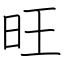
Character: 旺